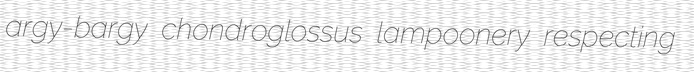
argy-bargy chondroglossus lampoonery respecting